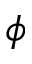
\phi